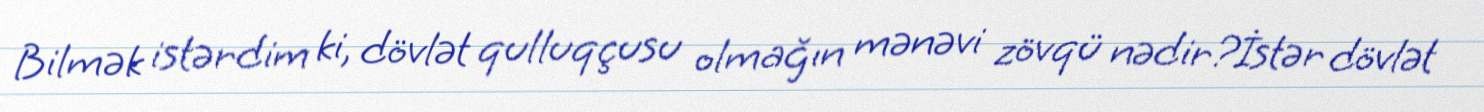
Bilmək istərdim ki, dövlət qulluqçusu olmağın mənəvi zövqü nədir?İstər dövlət